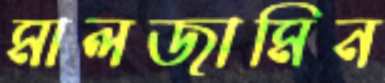
মালজামিন